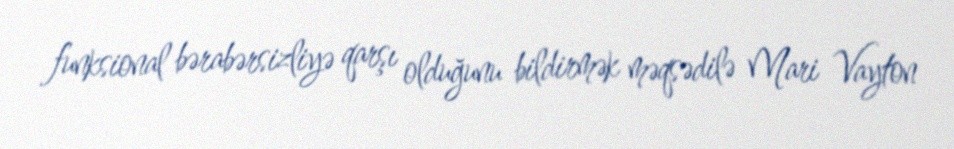
funksional bərabərsizliyə qarşı olduğunu bildirmək məqsədilə Mari Vayton